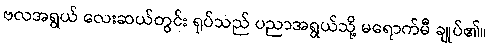
ဗလအရွယ် လေးဆယ်တွင်း ရုပ်သည် ပညာအရွယ်သို့ မရောက်မီ ချုပ်၏။